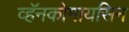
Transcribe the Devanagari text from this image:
व्हॅनकोमायसिन